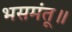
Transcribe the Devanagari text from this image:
भसमंतू॥